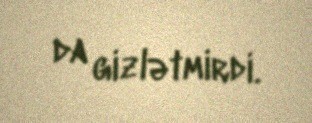
da gizlətmirdi.